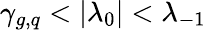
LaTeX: \gamma_{g,q}<|\lambda_{0}|<\lambda_{-1}